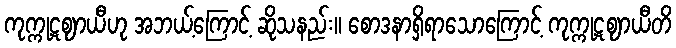
ကုက္ကုဋဈာယီဟု အဘယ့်ကြောင့် ဆိုသနည်း။ စောဒနာရှိရာသောကြောင့် ကုက္ကုဋဈာယီတိ